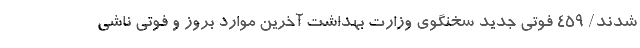
شدند/ ۴۵۹ فوتی جدید سخنگوی وزارت بهداشت آخرین موارد بروز و فوتی ناشی